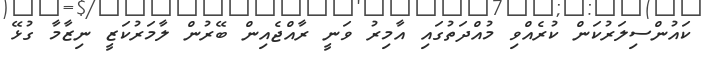
ކައުންސިލަރުކަން ކުރެއްވި މުއްދަތުގައި އާމިރު ވަނީ ރާއްޖެއިން ބޭރުން ލާމަރުކަޒީ ނިޒާމާ ގުޅޭ